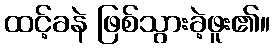
ထင့်ခနဲ ဖြစ်သွားခဲ့ဖူး၏။